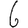
Digit: 6